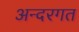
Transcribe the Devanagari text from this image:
अन्दरगत